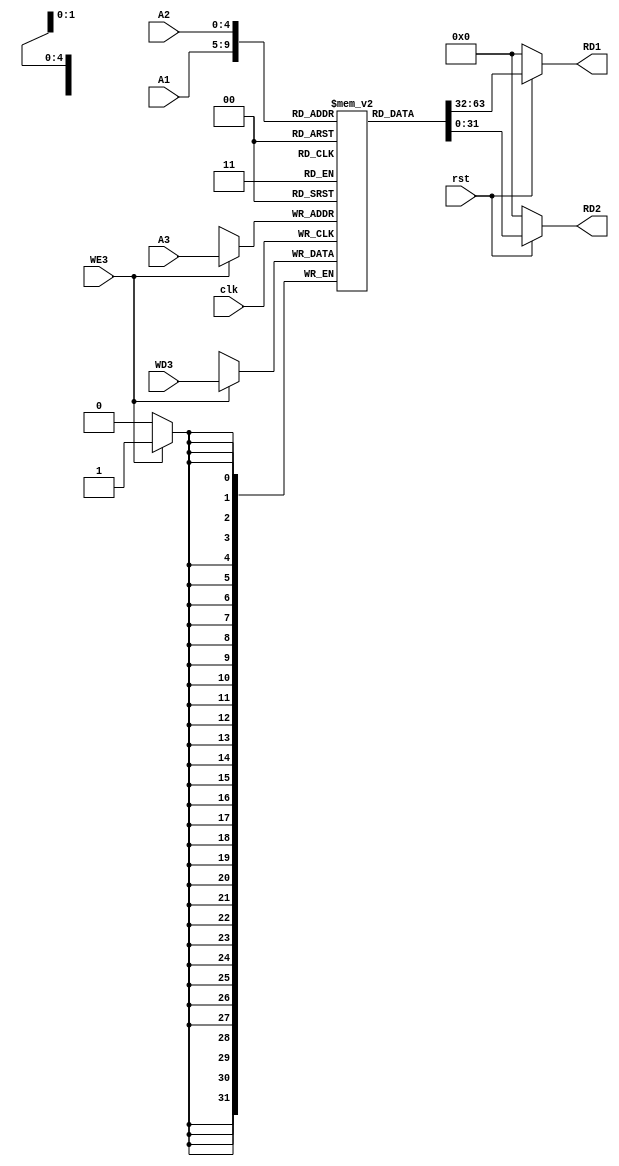
module Register_File(clk,rst,WE3,WD3,A1,A2,A3,RD1,RD2);

    input clk,rst,WE3;
    input [4:0]A1,A2,A3;
    input [31:0]WD3;
    output [31:0]RD1,RD2;

    reg [31:0] Register [31:0];

    always @ (posedge clk)
    begin
        if(WE3)
            Register[A3] <= WD3;
    end

    assign RD1 = (~rst) ? 32'd0 : Register[A1];
    assign RD2 = (~rst) ? 32'd0 : Register[A2];

    initial begin
       //  Register[5] = 32'h00000005;
       // Register[6] = 32'h00000004;
       Register[9]=32'h00000020;

        
    end

endmodule